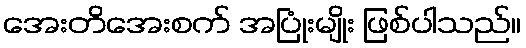
အေးတိအေးစက် အပြုံးမျိုး ဖြစ်ပါသည်။